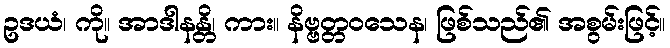
ဥဒယံ၊ ကို။ အာဒါနန္တိ၊ ကား။ နိဗ္ဗတ္တဝသေန၊ ဖြစ်သည်၏ အစွမ်းဖြင့်။